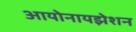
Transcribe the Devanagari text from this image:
आयोनायझेशन